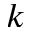
k